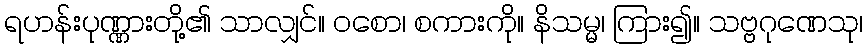
ရဟန်းပုဏ္ဏားတို့၏ သာလျှင်။ ဝစော၊ စကားကို။ နိသမ္မ၊ ကြား၍။ သဗ္ဗဂုဏေသု၊